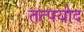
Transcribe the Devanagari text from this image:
तत्पयोद